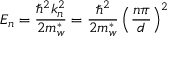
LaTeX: E _ { n } = { \frac { \hbar ^ { 2 } k _ { n } ^ { 2 } } { 2 m _ { w } ^ { * } } } = { \frac { \hbar ^ { 2 } } { 2 m _ { w } ^ { * } } } \left( { \frac { n \pi } { d } } \right) ^ { 2 }